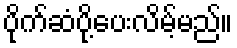
ပိုက်ဆံပို့ပေးလိမ့်မည်။